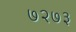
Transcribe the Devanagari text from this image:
७२७३